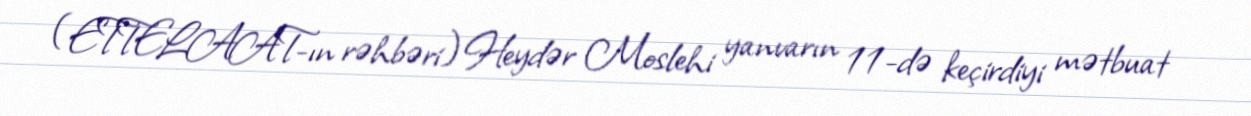
(ETTELAAT-ın rəhbəri) Heydər Moslehi yanvarın 11-də keçirdiyi mətbuat